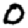
Digit: 0